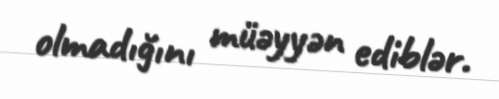
olmadığını müəyyən ediblər.